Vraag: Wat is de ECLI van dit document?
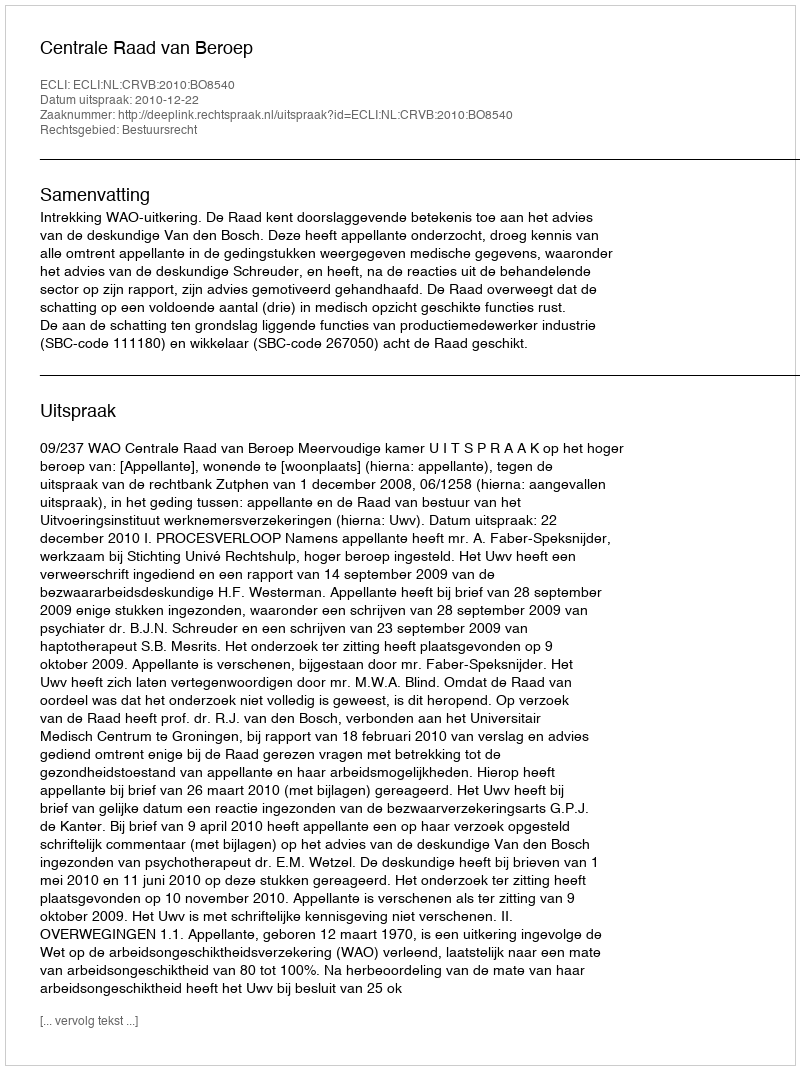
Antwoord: ECLI:NL:CRVB:2010:BO8540